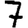
Digit: 7